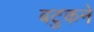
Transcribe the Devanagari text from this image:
बटुकने